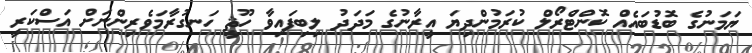
ޔަމަނުގެ ބޮޑުބައެއް ކޮންޓްރޯލް ކުރަމުންދިޔަ އީރާނުގެ މަދަދު ލިބިފައިވާ ހޫޘީ ހަނގުރާމަވެރިންނަށް އަސްކަރީ